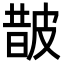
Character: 皵